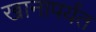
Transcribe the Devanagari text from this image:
खानापर्यंत